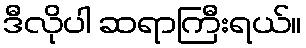
ဒီလိုပါ ဆရာကြီးရယ်။